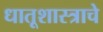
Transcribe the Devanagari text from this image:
धातूशास्त्राचे